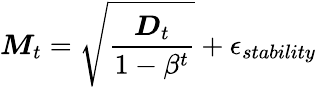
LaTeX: \boldsymbol{M}_{t}=\sqrt{\frac{\boldsymbol{D}_{t}}{1-\beta^{t}}}+\epsilon_{stability}